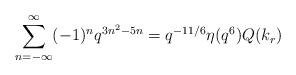
LaTeX: \begin{align*}\sum^{\infty}_{n=-\infty}(-1)^nq^{3n^2-5n}=q^{-11/6}\eta(q^6)Q(k_r)\end{align*}